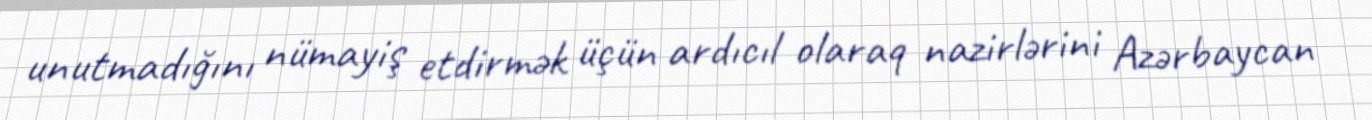
unutmadığını nümayiş etdirmək üçün ardıcıl olaraq nazirlərini Azərbaycan